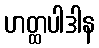
ဟတ္ထပါဒါန